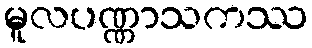
မူလပဏ္ဏာသကဿ